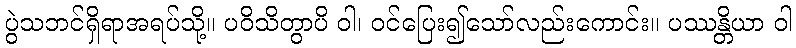
ပွဲသဘင်ရှိရာအရပ်သို့။ ပဝိသိတွာပိ ဝါ၊ ဝင်ပြေး၍သော်လည်းကောင်း။ ပဿန္တိယာ ဝါ